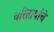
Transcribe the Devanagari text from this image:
चरितार्थाचे